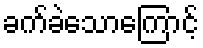
ခက်ခဲသောကြောင့်